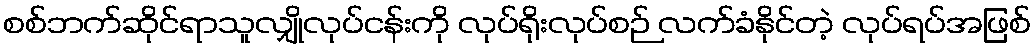
စစ်ဘက်ဆိုင်ရာသူလျှိုလုပ်ငန်းကို လုပ်ရိုးလုပ်စဉ် လက်ခံနိုင်တဲ့ လုပ်ရပ်အဖြစ်